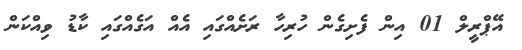
އޭޕްރީލް 01 އިން ފެށިގެން ހުރިހާ ރަށެއްގައި އެއް އަގެއްގައި ކާޑު ވިއްކަން